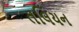
તલિયન